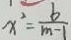
x ^ { 2 } = \frac { b } { m - 1 }